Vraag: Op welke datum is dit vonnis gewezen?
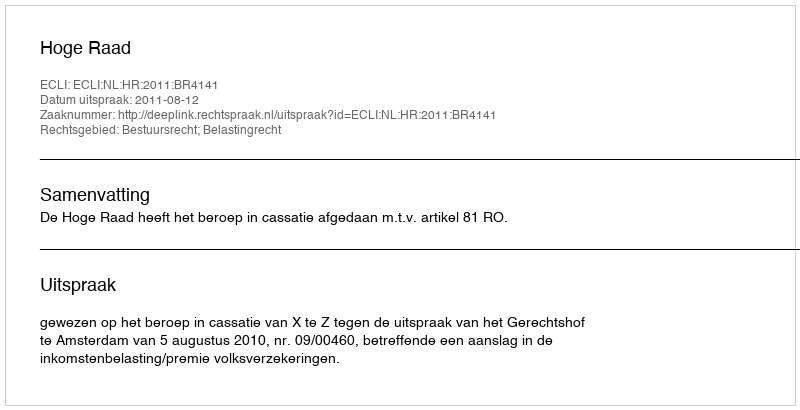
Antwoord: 2011-08-12